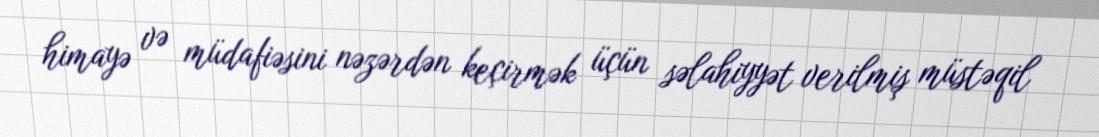
himayə və müdafiəsini nəzərdən keçirmək üçün səlahiyyət verilmiş müstəqil